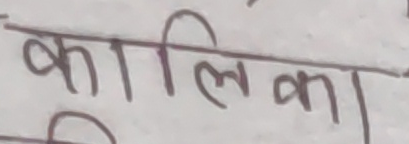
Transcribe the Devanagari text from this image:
कालिका